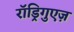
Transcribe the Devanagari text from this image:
रॉड्रिगुएज़